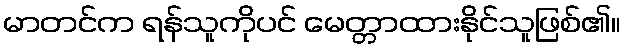
မာတင်က ရန်သူကိုပင် မေတ္တာထားနိုင်သူဖြစ်၏။